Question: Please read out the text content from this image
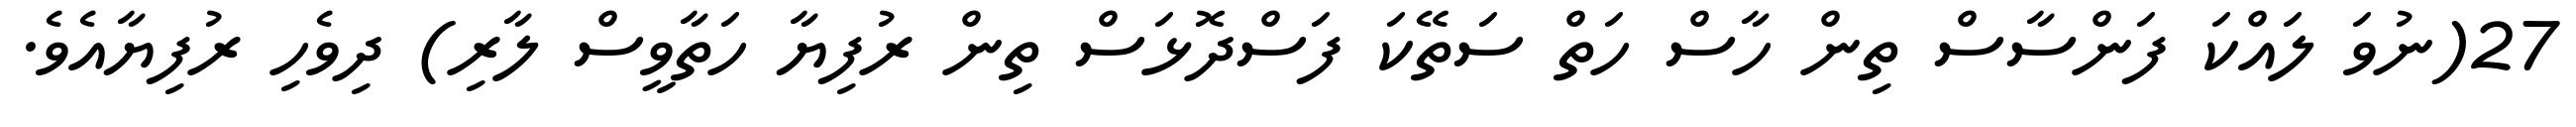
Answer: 27(ނުވަ ލައްކަ ފަންސާސް ތިން ހާސް ހަތް ސަތޭކަ ފަސްދޮޅަސް ތިން ރުފިޔާ ހަތާވީސް ލާރި) ދިވެހި ރުފިޔާއެވެ.